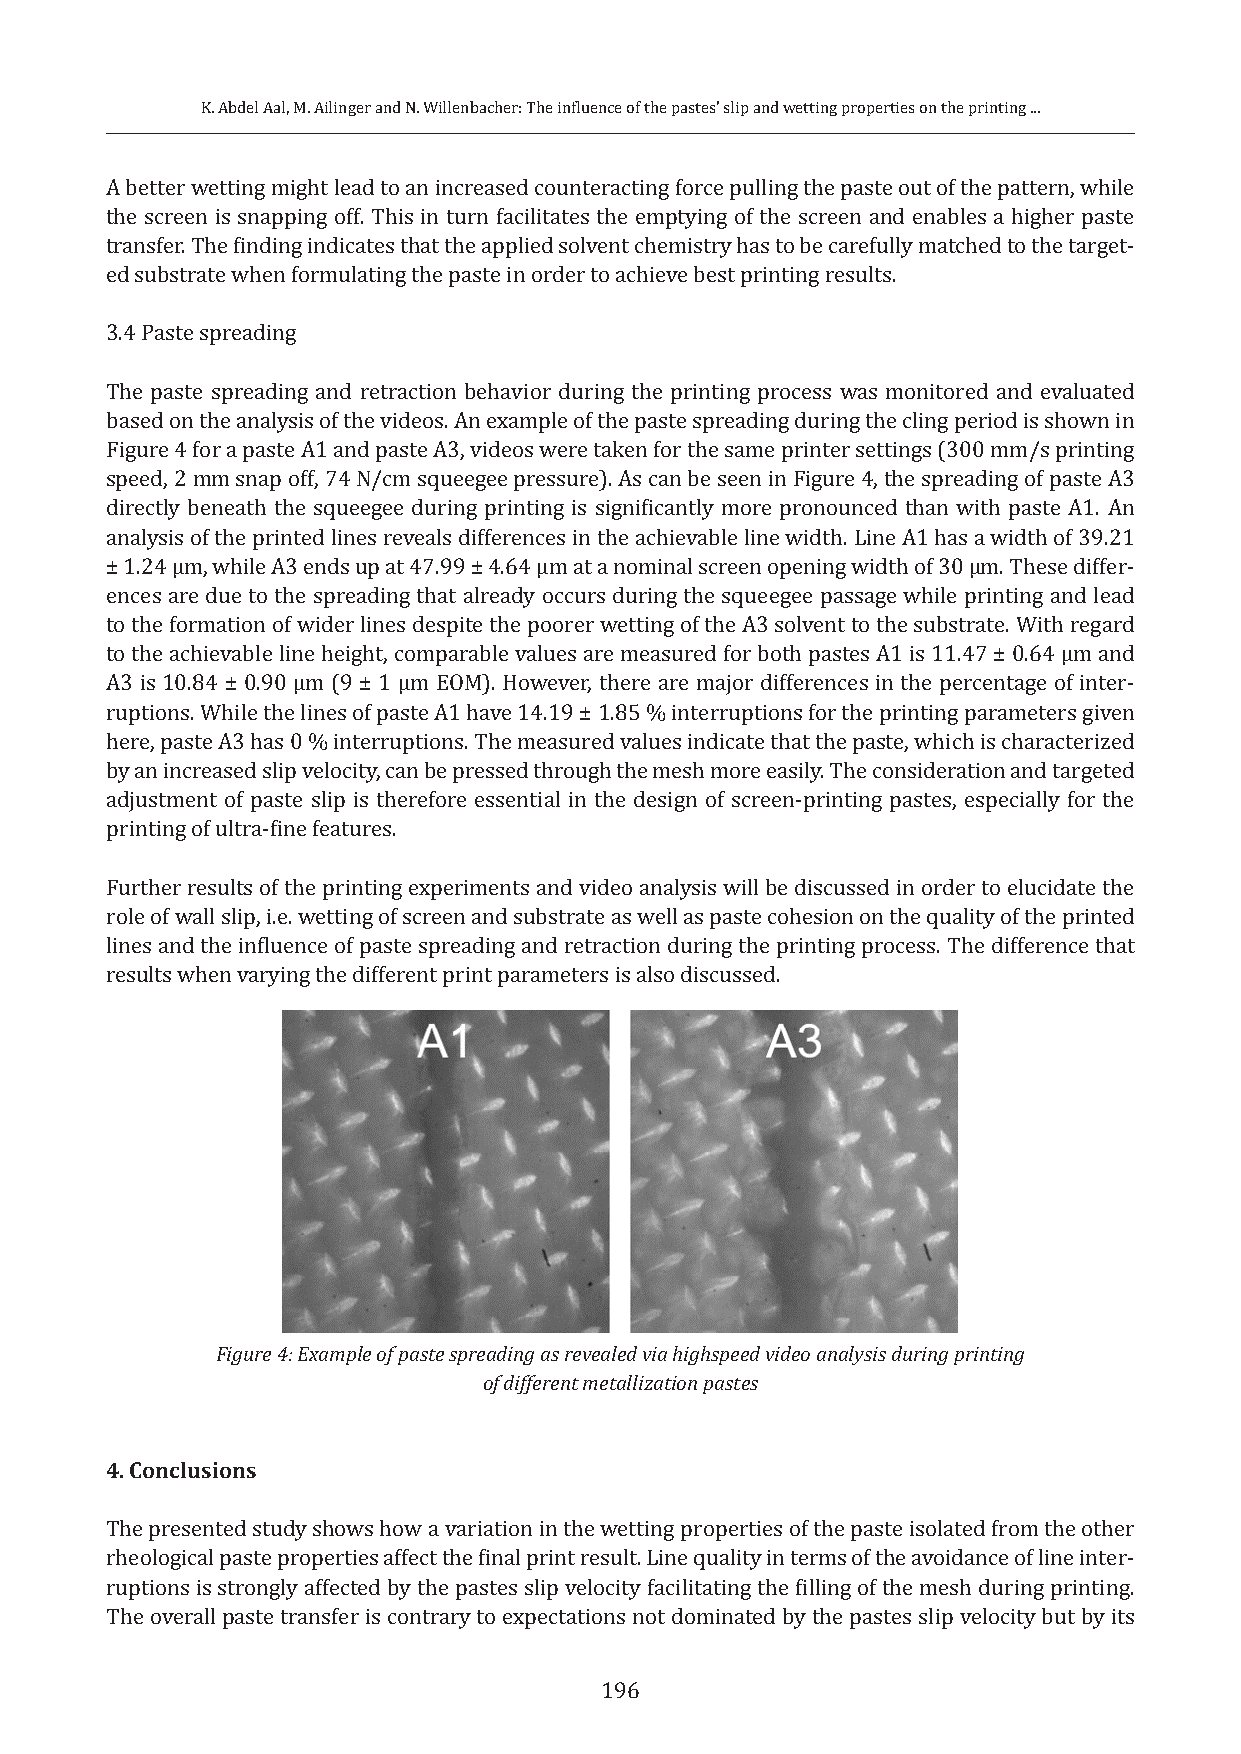
K. Abdel Aal, M. Ailinger and N. Willenbacher: The influence of the pastes’ slip and wetting properties on the printing ...
 A better wetting might lead to an increased counteracting force pulling the paste out of the pattern, while
 the screen is snapping off. This in turn facilitates the emptying of the screen and enables a higher paste
 transfer. The finding indicates that the applied solvent chemistry has to be carefully matched to the target-
 ed substrate when formulating the paste in order to achieve best printing results.
 3.4 Paste spreading
 The paste spreading and retraction behavior during the printing process was monitored and evaluated
 based on the analysis of the videos. An example of the paste spreading during the cling period is shown in
 Figure 4 for a paste A1 and paste A3, videos were taken for the same printer settings (300 mm/s printing
 speed, 2 mm snap off, 74 N/cm squeegee pressure). As can be seen in Figure 4, the spreading of paste A3
 directly beneath the squeegee during printing is significantly more pronounced than with paste A1. An
 analysis of the printed lines reveals differences in the achievable line width. Line A1 has a width of 39.21
 ± 1.24 µm, while A3 ends up at 47.99 ± 4.64 µm at a nominal screen opening width of 30 µm. These differ-
 ences are due to the spreading that already occurs during the squeegee passage while printing and lead
 to the formation of wider lines despite the poorer wetting of the A3 solvent to the substrate. With regard
 to the achievable line height, comparable values are measured for both pastes A1 is 11.47 ± 0.64 µm and
 A3 is 10.84 ± 0.90 µm (9 ± 1 µm EOM). However, there are major differences in the percentage of inter-
 ruptions. While the lines of paste A1 have 14.19 ± 1.85 % interruptions for the printing parameters given
 here, paste A3 has 0 % interruptions. The measured values indicate that the paste, which is characterized
 by an increased slip velocity, can be pressed through the mesh more easily. The consideration and targeted
 adjustment of paste slip is therefore essential in the design of screen-printing pastes, especially for the
 printing of ultra-fine features.
 Further results of the printing experiments and video analysis will be discussed in order to elucidate the
 role of wall slip, i.e. wetting of screen and substrate as well as paste cohesion on the quality of the printed
 lines and the influence of paste spreading and retraction during the printing process. The difference that
 results when varying the different print parameters is also discussed.
 Figure 4: Example of paste spreading as revealed via highspeed video analysis during printing
 of different metallization pastes
 4. Conclusions
 The presented study shows how a variation in the wetting properties of the paste isolated from the other
 rheological paste properties affect the final print result. Line quality in terms of the avoidance of line inter-
 ruptions is strongly affected by the pastes slip velocity facilitating the filling of the mesh during printing.
 The overall paste transfer is contrary to expectations not dominated by the pastes slip velocity but by its
 196